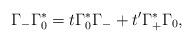
LaTeX: \begin{align*}\Gamma_- \Gamma_0^* = t \Gamma_0^* \Gamma_- + t^\prime \Gamma_+^* \Gamma_0,\end{align*}